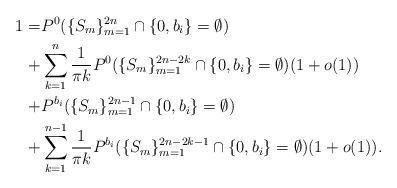
LaTeX: \begin{align*}1 = &P^0(\{S_m\}_{m=1}^{2n}\cap \{0,b_{i}\} = \emptyset)\\+&\sum_{k=1}^{n} \frac{1}{\pi k}P^0(\{S_m\}_{m=1}^{2n-2k}\cap \{0,b_{i}\} = \emptyset)(1+o(1))\\+&P^{b_i}(\{S_m\}_{m=1}^{2n-1}\cap \{0,b_{i}\} = \emptyset)\\+&\sum_{k=1}^{n-1} \frac{1}{\pi k}P^{b_i}(\{S_m\}_{m=1}^{2n-2k-1}\cap \{0,b_{i}\} = \emptyset)(1+o(1)). \end{align*}